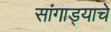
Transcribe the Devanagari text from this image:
सांगाड्याचे